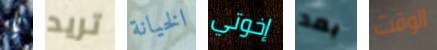
يا تريد الخيانة إخوتي بعد الوقت